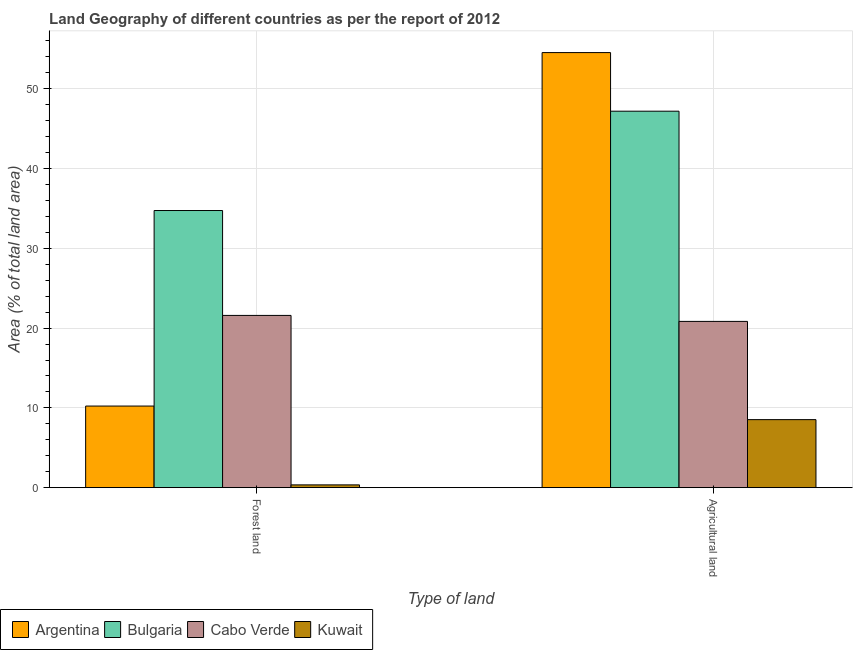
| Type of land | Argentina | Bulgaria | Cabo Verde | Kuwait |
 | --- | --- | --- | --- | --- |
 | Forest land | 10.2 | 34.7 | 21.6 | 0.351 |
 | Agricultural land | 54.5 | 47.2 | 20.8 | 8.53 |